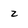
Character: z